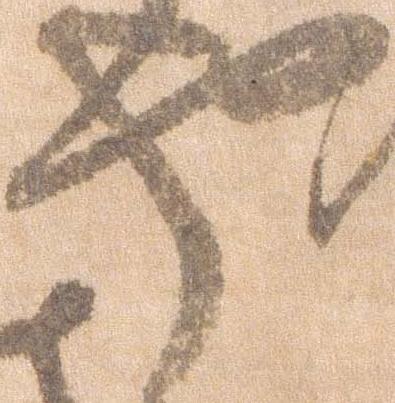
や